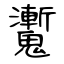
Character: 魙